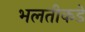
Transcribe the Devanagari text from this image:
भलतीकडे